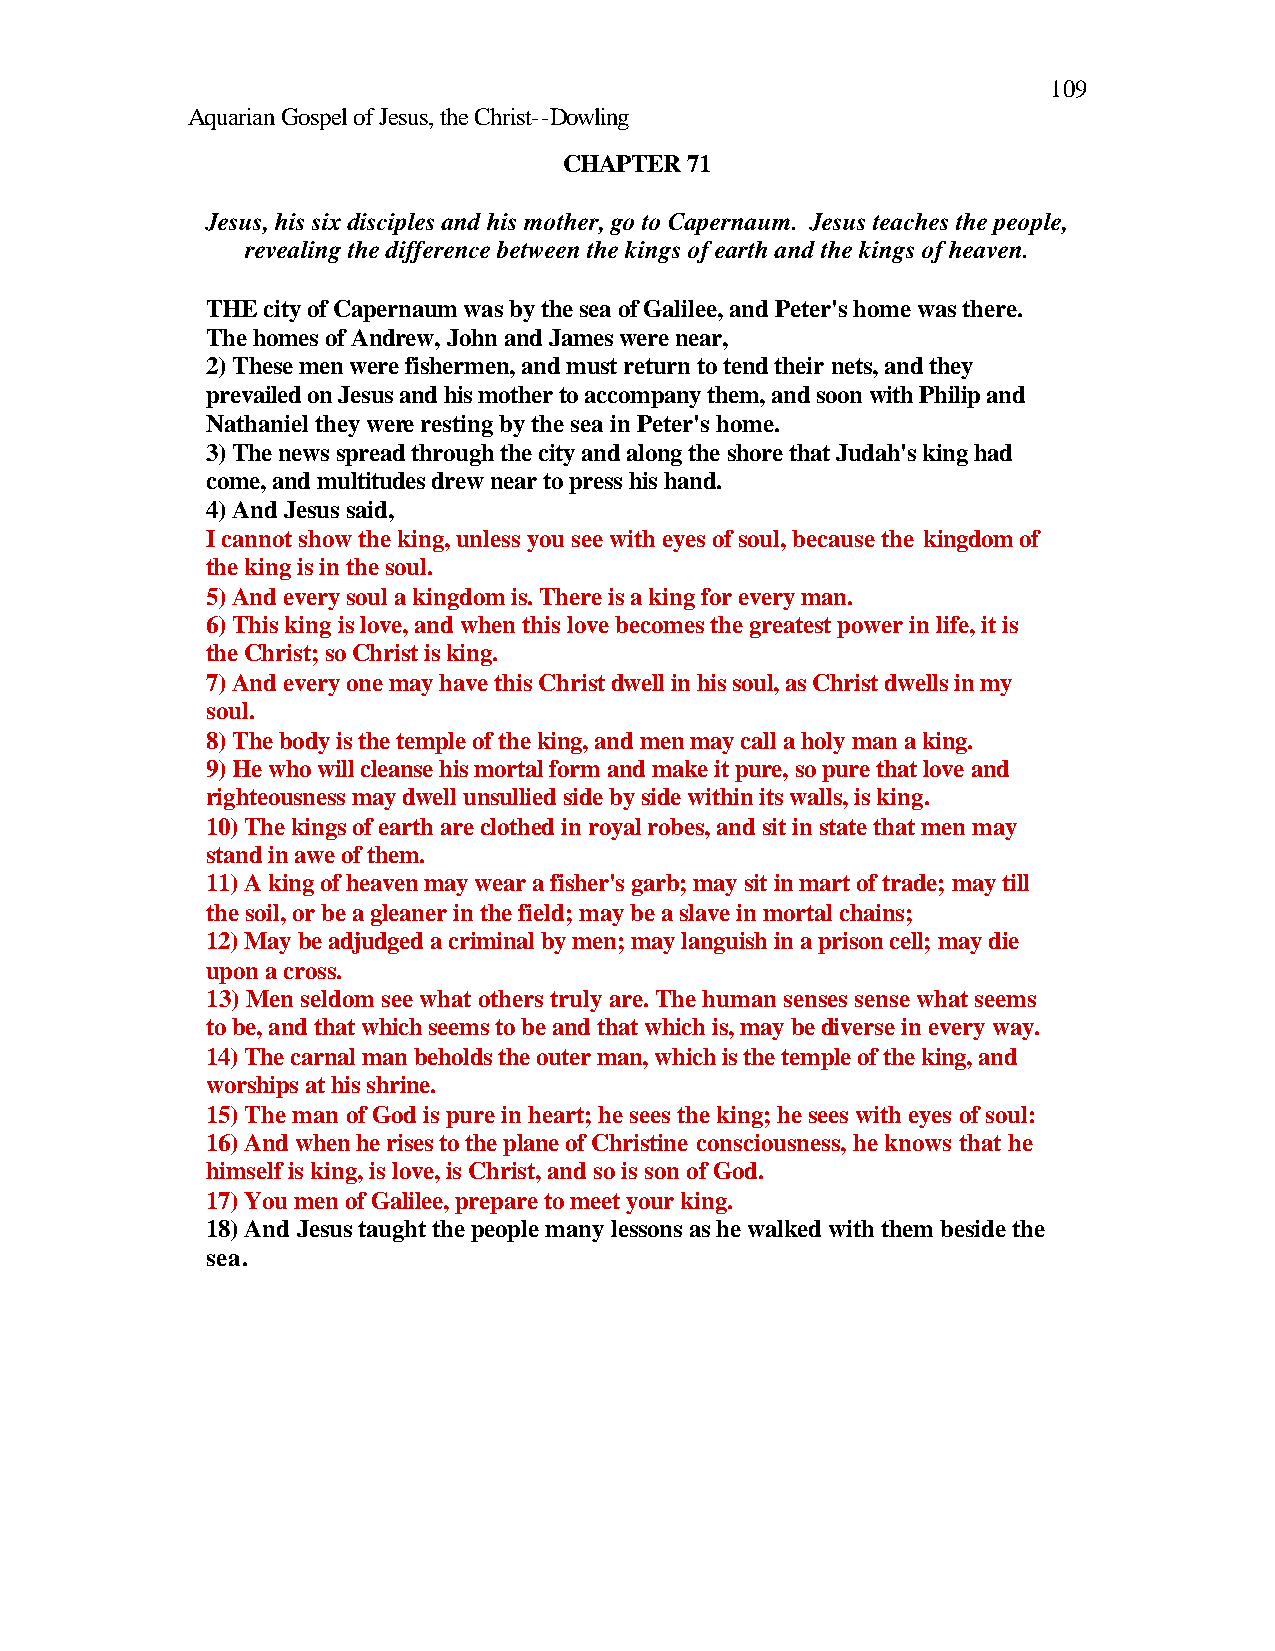
109
 Aquarian Gospel of Jesus, the Christ--Dowling
 CHAPTER 71
 Jesus, his six disciples and his mother, go to Capernaum. Jesus teaches the people,
 revealing the difference between the kings of earth and the kings of heaven.
 THE city of Capernaum was by the sea of Galilee, and Peter's home was there.
 The homes of Andrew, John and James were near,
 2) These men were fishermen, and must return to tend their nets, and they
 prevailed on Jesus and his mother to accompany them, and soon with Philip and
 Nathaniel they were resting by the sea in Peter's home.
 3) The news spread through the city and along the shore that Judah's king had
 come, and multitudes drew near to press his hand.
 4) And Jesus said,
 I cannot show the king, unless you see with eyes of soul, because the kingdom of
 the king is in the soul.
 5) And every soul a kingdom is. There is a king for every man.
 6) This king is love, and when this love becomes the greatest power in life, it is
 the Christ; so Christ is king.
 7) And every one may have this Christ dwell in his soul, as Christ dwells in my
 soul.
 8) The body is the temple of the king, and men may call a holy man a king.
 9) He who will cleanse his mortal form and make it pure, so pure that love and
 righteousness may dwell unsullied side by side within its walls, is king.
 10) The kings of earth are clothed in royal robes, and sit in state that men may
 stand in awe of them.
 11) A king of heaven may wear a fisher's garb; may sit in mart of trade; may till
 the soil, or be a gleaner in the field; may be a slave in mortal chains;
 12) May be adjudged a criminal by men; may languish in a prison cell; may die
 upon a cross.
 13) Men seldom see what others truly are. The human senses sense what seems
 to be, and that which seems to be and that which is, may be diverse in every way.
 14) The carnal man beholds the outer man, which is the temple of the king, and
 worships at his shrine.
 15) The man of God is pure in heart; he sees the king; he sees with eyes of soul:
 16) And when he rises to the plane of Christine consciousness, he knows that he
 himself is king, is love, is Christ, and so is son of God.
 17) You men of Galilee, prepare to meet your king.
 18) And Jesus taught the people many lessons as he walked with them beside the
 sea.